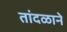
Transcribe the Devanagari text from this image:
तांदळाने